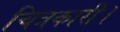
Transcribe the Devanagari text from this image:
चित्रकारी।